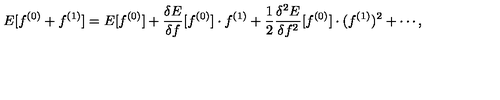
E [ f ^ { ( 0 ) } + f ^ { ( 1 ) } ] = E [ f ^ { ( 0 ) } ] + \frac { \delta E } { \delta f } [ f ^ { ( 0 ) } ] \cdot f ^ { ( 1 ) } + \frac { 1 } { 2 } \frac { \delta ^ { 2 } E } { \delta f ^ { 2 } } [ f ^ { ( 0 ) } ] \cdot ( f ^ { ( 1 ) } ) ^ { 2 } + \cdots ,